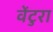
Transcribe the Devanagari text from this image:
वेंटुरा